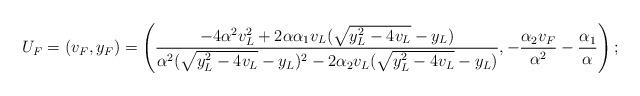
LaTeX: \begin{align*}U_F=(v_F,y_F)=\left(\frac{-4\alpha^2 v_L^2+2\alpha \alpha_1 v_L(\sqrt{y_L^2-4v_L}-y_L)}{\alpha^2(\sqrt{y_L^2-4v_L}-y_L)^2-2\alpha_2 v_L(\sqrt{y_L^2-4v_L}-y_L)}, -\frac{\alpha_2v_F}{\alpha^2}-\frac{\alpha_1}{\alpha} \right);\end{align*}